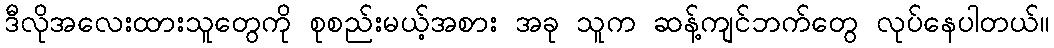
ဒီလိုအလေးထားသူတွေကို စုစည်းမယ့်အစား အခု သူက ဆန့်ကျင်ဘက်တွေ လုပ်နေပါတယ်။